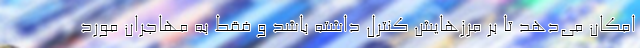
امکان می‌دهد تا بر مرزهایش کنترل داشته باشد و فقط به مهاجران مورد